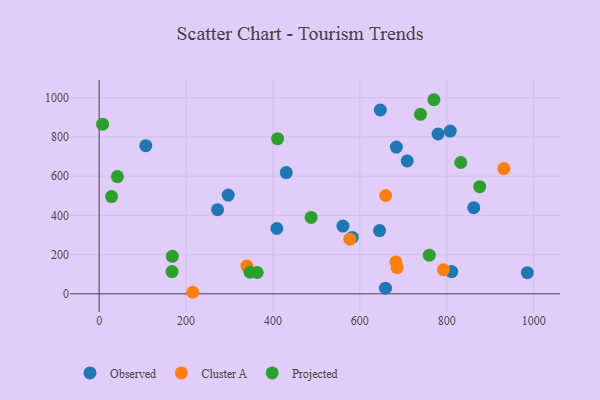
{"axis": {"x": "Price", "y": "Demand"}, "legend": ["Cluster A", "Observed", "Projected"], "data": [{"x": "409.0", "y": 333.0, "type": "Observed"}, {"x": "659.0", "y": 28.8, "type": "Observed"}, {"x": "684.0", "y": 748.0, "type": "Observed"}, {"x": "780.0", "y": 814.8, "type": "Observed"}, {"x": "272.5", "y": 428.8, "type": "Observed"}, {"x": "808.0", "y": 830.0, "type": "Observed"}, {"x": "561.1", "y": 345.6, "type": "Observed"}, {"x": "985.5", "y": 107.7, "type": "Observed"}, {"x": "297.0", "y": 503.4, "type": "Observed"}, {"x": "645.3", "y": 322.6, "type": "Observed"}, {"x": "709.0", "y": 677.5, "type": "Observed"}, {"x": "811.3", "y": 113.6, "type": "Observed"}, {"x": "582.5", "y": 287.7, "type": "Observed"}, {"x": "430.6", "y": 618.1, "type": "Observed"}, {"x": "647.1", "y": 937.2, "type": "Observed"}, {"x": "107.3", "y": 755.4, "type": "Observed"}, {"x": "862.1", "y": 439.3, "type": "Observed"}, {"x": "686.0", "y": 133.4, "type": "Cluster A"}, {"x": "340.1", "y": 141.5, "type": "Cluster A"}, {"x": "659.4", "y": 501.4, "type": "Cluster A"}, {"x": "682.9", "y": 162.5, "type": "Cluster A"}, {"x": "215.4", "y": 7.9, "type": "Cluster A"}, {"x": "792.2", "y": 123.3, "type": "Cluster A"}, {"x": "576.9", "y": 278.7, "type": "Cluster A"}, {"x": "931.5", "y": 638.6, "type": "Cluster A"}, {"x": "832.3", "y": 669.6, "type": "Projected"}, {"x": "875.8", "y": 546.5, "type": "Projected"}, {"x": "168.4", "y": 191.4, "type": "Projected"}, {"x": "410.6", "y": 791.1, "type": "Projected"}, {"x": "28.6", "y": 495.6, "type": "Projected"}, {"x": "487.9", "y": 389.4, "type": "Projected"}, {"x": "759.8", "y": 197.0, "type": "Projected"}, {"x": "8.0", "y": 864.9, "type": "Projected"}, {"x": "739.5", "y": 915.4, "type": "Projected"}, {"x": "770.4", "y": 989.6, "type": "Projected"}, {"x": "363.6", "y": 108.7, "type": "Projected"}, {"x": "347.2", "y": 109.9, "type": "Projected"}, {"x": "167.7", "y": 113.5, "type": "Projected"}, {"x": "42.0", "y": 597.7, "type": "Projected"}]}